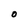
Character: O